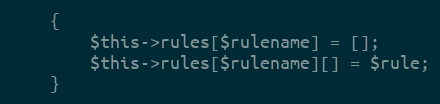
Language: PHP
	{
		$this->rules[$rulename] = [];
		$this->rules[$rulename][] = $rule;
	}